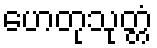
ဟေတုသုတ္တံ